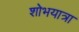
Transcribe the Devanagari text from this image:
शोभयात्रा